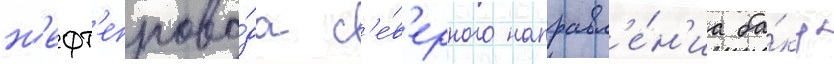
н'ефт'епрово́да с'е́в'ерного направл'е́н'иа ба́ку